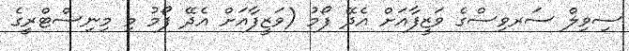
ސިވިލް ސަރވިސްގެ ވަޒީފާއަށް އެދޭ ފޯމު (ވަޒީފާއަށް އެދޭ ފޯމު މި މިނިސްޓްރީގެ